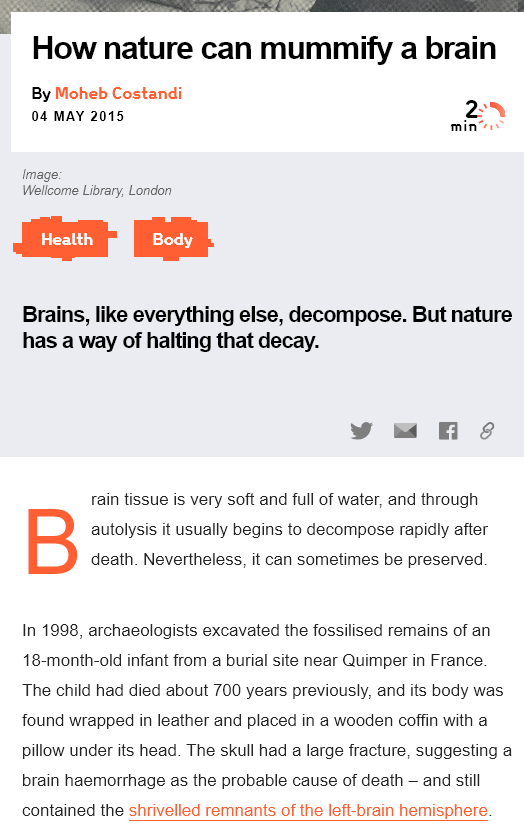
How    nature    can    mummify    a  brain
     rain tissue is very soft and full of water, and through
     autolysis it usually begins to decompose rapidly after
     death. Nevertheless, it can sometimes be preserved.
   In 1998, archaeologists excavated the fossilised remains of an
   18-month-old infant from
  a
     burial site near Quimper in France
   The child had died about 700 years previously, and its body was
   found wrapped in leather and placed in a wooden coffin with a
   pillow under its head. The skull had
  a
     large fracture, suggesting a
   brain haemorrhage as the probable cause of death
     —
     and still
   contained the shrivelled remnants of the left-brain hemisphere.
     Pili)    Ler
   Image:
   Wellcome Library, London
    By Moheb Costandi
    04 MAY 2015
   Brains, like  everything  else, decompose.    But  nature
   has a  way of halting   that decay.